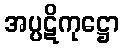
အပ္ပဋိကုဋ္ဌော